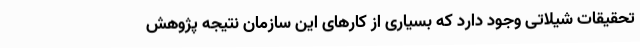
تحقیقات شیلاتی وجود دارد که بسیاری از کارهای این سازمان نتیجه پژوهش